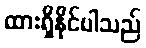
ထားရှိနိုင်ပါသည်